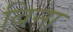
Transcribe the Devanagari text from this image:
बिना